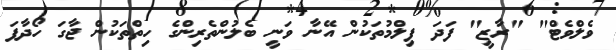
ވެލްވެޓް" "ރާޒީ" ފަދަ ފިލްމުތަކުން އޭނާ ވަނީ ބެލުންތެރިންގެ ހިތްތަކުން ޖާގަ ހޯދާފަ